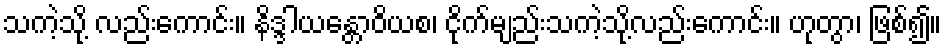
သကဲ့သို့ လည်းကောင်း။ နိဒ္ဒါယန္တောဝိယစ၊ ငိုက်မျည်းသကဲ့သို့လည်းကောင်း။ ဟုတွာ၊ ဖြစ်၍။